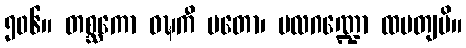
၅၀၆။ တစ္ဆကော ဝဍ္ဎကီ မတော၊ ပလဂဏ္ဍော ထပတျပိ။